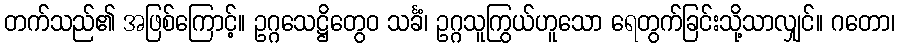
တက်သည်၏ အဖြစ်ကြောင့်။ ဥဂ္ဂသေဋ္ဌိတွေဝ သင်္ခံ၊ ဥဂ္ဂသူကြွယ်ဟူသော ရေတွက်ခြင်းသို့သာလျှင်။ ဂတော၊